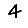
Digit: 4